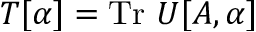
T [ \alpha ] = \mathrm { T r } \ U [ A , \alpha ]